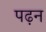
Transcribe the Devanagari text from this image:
पढ़न